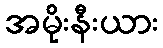
အမိုးနီးယား